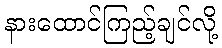
နားထောင်ကြည့်ချင်လို့